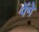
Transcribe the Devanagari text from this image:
पेंगे